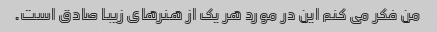
من فکر می کنم این در مورد هر یک از هنرهای زیبا صادق است.